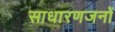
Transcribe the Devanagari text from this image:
साधारणजनों